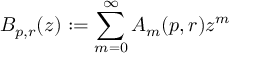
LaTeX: B _ { p , r } ( z ) : = \sum _ { m = 0 } ^ { \infty } A _ { m } ( p , r ) z ^ { m }